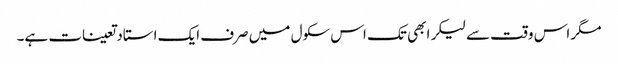
مگر اس وقت سے لیکر ابھی تک اس سکول میں صرف ایک استاد تعینات ہے۔